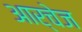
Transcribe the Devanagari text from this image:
आर्चेज